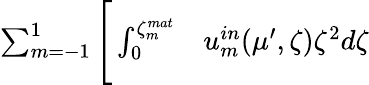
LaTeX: \begin{array}{rl}{\sum_{m=-1}^{1}\Bigg[\int_{0}^{\zeta_{m}^{mat}}}&{{}u_{m}^{in}(\mu^{\prime},\zeta)\zeta^{2}d\zeta}\end{array}